Leprosy in India: report of the Leprosy Commission in India, 1890-91
Year: 1890
Disease focus: Leprosy
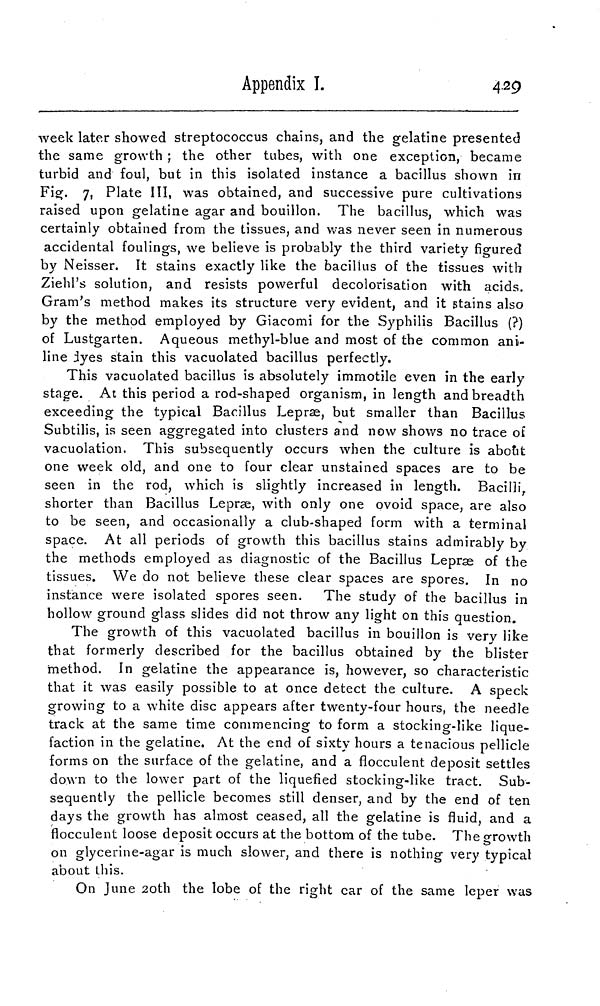
Appendix I.
4.29
week later showed streptococcus chains, and the gelatine presented
the same growth ; the other tubes, with one exception, became
turbid and foul, but in this isolated instance a bacillus shown in
Fig. 7, Plate III, was obtained, and successive pure cultivations
raised upon gelatine agar and bouillon. The bacillus, which was
certainly obtained from the tissues, and was never seen in numerous
accidental foulings, we believe is probably the third variety figured
by Neisser. It stains exactly like the bacillus of the tissues with
Ziehl's solution, and resists powerful decolorisation with acids.
Gram's method makes its structure very evident, and it stains also
by the method employed by Giacomi for the Syphilis Bacillus (?)
of Lustgarten. Aqueous methyl-blue and most of the common ani-
line dyes stain this vacuolated bacillus perfectly.
This vacuolated bacillus is absolutely immotile even in the early
stage. At this period a rod-shaped organism, in length and breadth
exceeding the typical Bacillus Lepræ, but smaller than Bacillus
Subtilis, is seen aggregated into clusters and now shows no trace of
vacuolation. This subsequently occurs when the culture is about
one week old, and one to four clear unstained spaces are to be
seen in the rod, which is slightly increased in length. Bacilli,
shorter than Bacillus Lepræ, with only one ovoid space, are also
to be seen, and occasionally a club-shaped form with a terminal
space. At all periods of growth this bacillus stains admirably by
the methods employed as diagnostic of the Bacillus Lepræ of the
tissues. We do not believe these clear spaces are spores. In no
instance were isolated spores seen. The study of the bacillus in
hollow ground glass slides did not throw any light on this question.
The growth of this vacuolated bacillus in bouillon is very like
that formerly described for the bacillus obtained by the blister
method. In gelatine the appearance is, however, so characteristic
that it was easily possible to at once detect the culture. A speck
growing to a white disc appears after twenty-four hours, the needle
track at the same time commencing to form a stocking-like lique-
faction in the gelatine. At the end of sixty hours a tenacious pellicle
forms on the surface of the gelatine, and a flocculent deposit settles
down to the lower part of the liquefied stocking-like tract. Sub-
sequently the pellicle becomes still denser, and by the end of ten
days the growth has almost ceased, all the gelatine is fluid, and a
flocculent loose deposit occurs at the bottom of the tube. The growth
on glycerine-agar is much slower, and there is nothing very typical
about this.
On June 20th the lobe of the right car of the same leper was